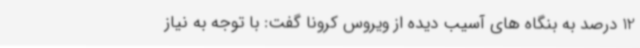
12 درصد به بنگاه های آسیب دیده از ویروس کرونا گفت: با توجه به نیاز